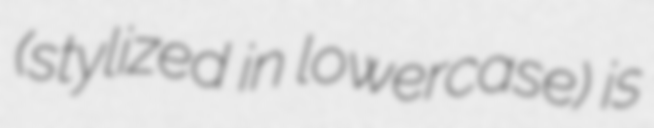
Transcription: (stylized in lowercase) is